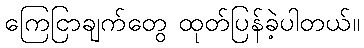
ကြေငြာချက်တွေ ထုတ်ပြန်ခဲ့ပါတယ်။